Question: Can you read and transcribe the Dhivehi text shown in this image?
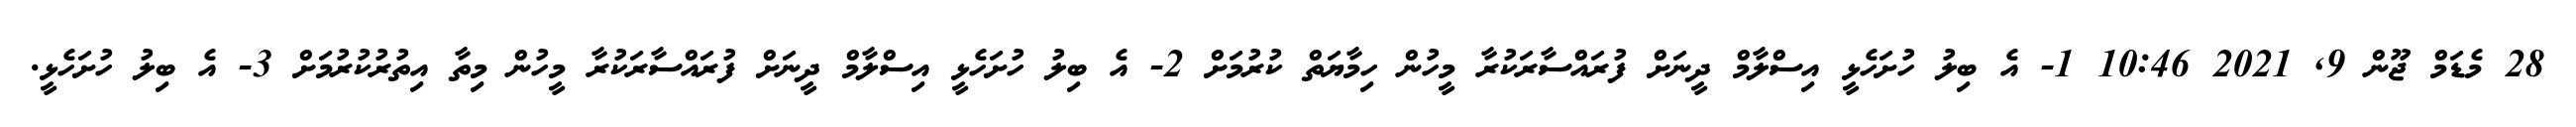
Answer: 28 މެޑަމް ޖޫން 9, 2021 10:46 1- އެ ބިލު ހުށަހެޅީ އިސްލާމް ދީނަށް ފުރައްސާރަކުރާ މީހުން ހިމާޔަތް ކުރުމަށް 2- އެ ބިލު ހުށަހެޅީ އިސްލާމް ދީނަށް ފުރައްސާރަކުރާ މީހުން މިތާ އިތުރުކުރުމަށް 3- އެ ބިލު ހުށަހެޅީ.